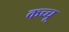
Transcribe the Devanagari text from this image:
कच्चू